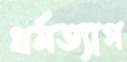
ধর্মত্যাগ